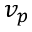
v _ { p }